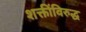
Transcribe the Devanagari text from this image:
शक्तींविरुद्ध